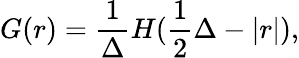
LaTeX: G(r)=\frac{1}{\Delta}H(\frac{1}{2}\Delta-|r|),